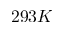
2 9 3 K